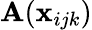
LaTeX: \mathbf{A}(\mathbf{x}_{ijk})